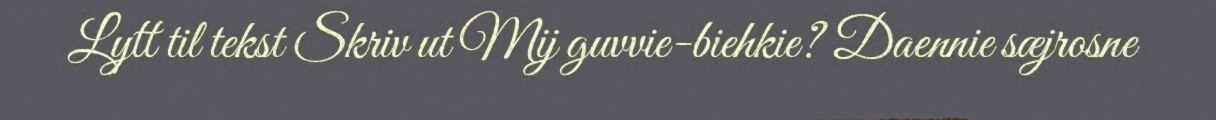
Lytt til tekst Skriv ut Mij guvvie-biehkie? Daennie sæjrosne